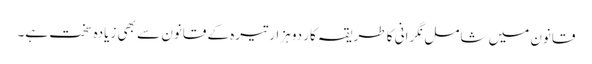
قانون میں شامل نگرانی کا طریقہ کار دو ہزار تیرہ کے قانون سے بھی زیادہ سخت ہے۔